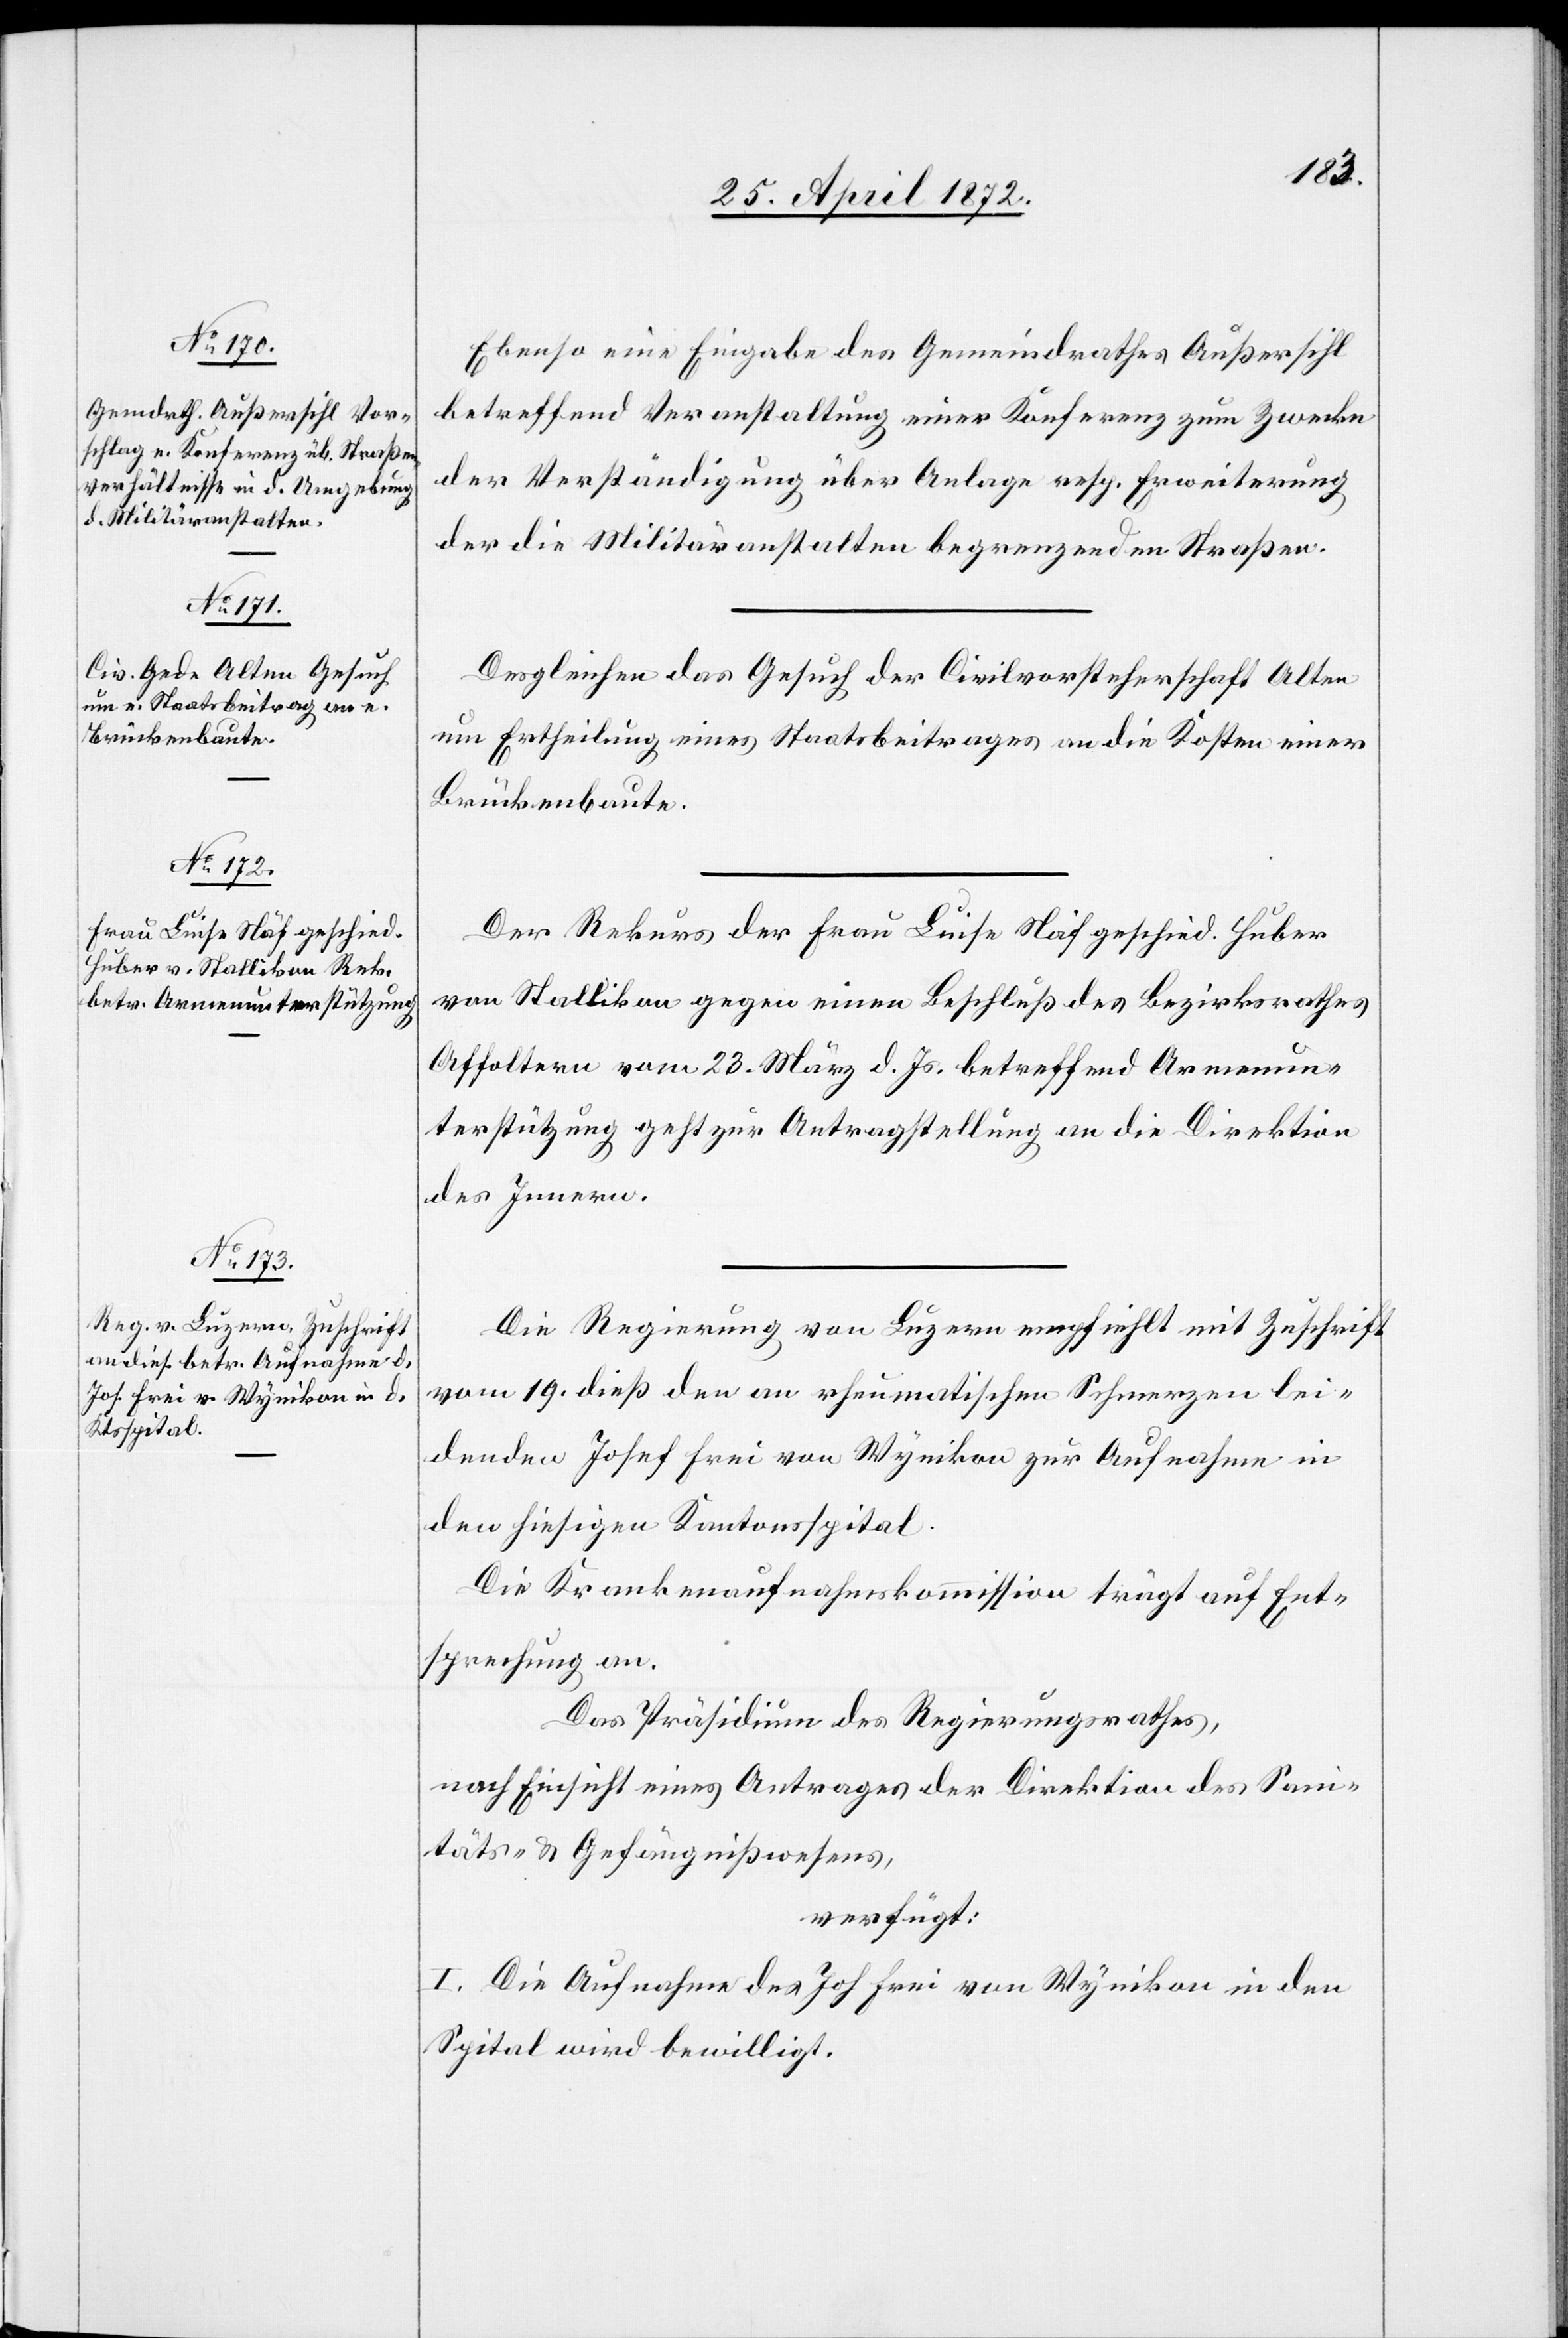
25. April 1872.]
Ebenso eine Eingabe des Gemeindrathes Außersihl
betreffend Veranstaltung einer Konferenz zum Zwecke
der Verständigung über Anlage resp. Erweiterung
der die Militäranstalten begrenzenden Straßen.
Desgleichen das Gesuch der Civilvorsteherschaft Alten
um Ertheilung eines Staatsbeitrages an die Kosten einer
Brückenbaute.
Der Rekurs der Frau Luise Näf geschied. Huber
von Stallikon gegen einen Beschluß des Bezirksrathes
Affoltern vom 23. März d. Js. betreffend Armenun¬
terstützung geht zur Antragstellung an die Direktion
des Innern.
Die Regierung von Luzern empfiehlt mit Zuschrift
vom 19. dieß den an rheumatischen Schmerzen lei¬
denden Josef Frei von Wynikon zur Aufnahme in
den hiesigen Kantonsspital.
Die Krankenaufnahmskommission trägt auf Ent¬
sprechung an.
Das Präsidium des Regierungsrathes,
nach Einsicht eines Antrages der Direktion des San¬
itäts- u. Gefängnißwesens,
verfügt:
I. Die Aufnahme des Joh. Frei [sic!] von Wynikon in den
Spital wird bewilligt.